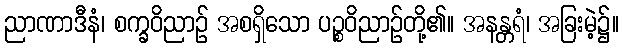
ညာဏာဒီနံ၊ စက္ခဝိညာဉ် အစရှိသော ပဉ္စဝိညာဉ်တို့၏။ အနန္တရံ၊ အခြးမဲ့၌။